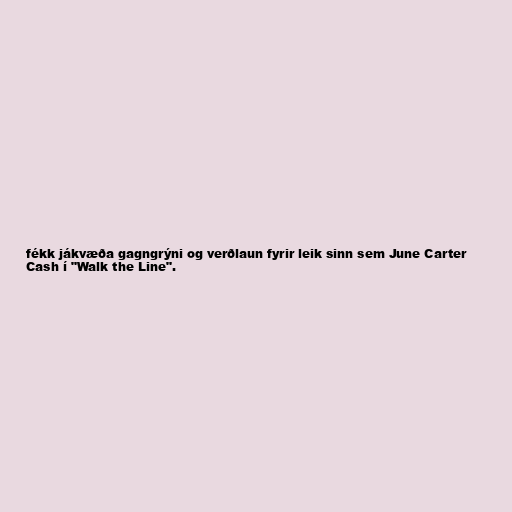
fékk jákvæða gagngrýni og verðlaun fyrir leik sinn sem June Carter
Cash í "Walk the Line".